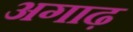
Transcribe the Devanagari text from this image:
अगाढ़